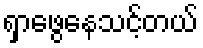
ရှာဖွေနေသင့်တယ်